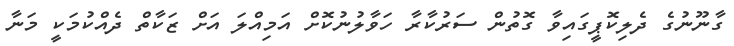
ގާނޫނުގެ ދެލިކޮޕީގައިވާ ގޮތުން ސަރުކާރާ ހަވާލުނުކޮށް އަމިއްލަ އަށް ޒަކާތް ދެއްކުމަކީ މަނާ